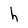
Character: h